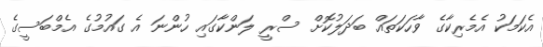
އެކަމަކު އެމެރިކާގެ ވާހަކަތައް ބަަދަލުކޮށް ސްރީ ލަންކާގައި ހުންނަ އެ ގައުމުގެ އެމްބަސީގެ